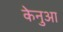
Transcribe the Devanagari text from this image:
केनुआ